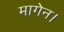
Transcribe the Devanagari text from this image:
मागेन।